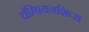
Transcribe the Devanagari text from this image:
चॅम्पियनशिप्स